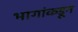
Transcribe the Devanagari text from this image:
भागांकडून